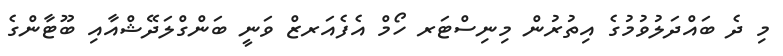
މި ދެ ބައްދަލުވުމުގެ އިތުރުން މިނިސްޓަރ ހޯމް އެފެއަރޒް ވަނީ ބަންގްލަދޭޝްއާއި ބޫޓާންގެ